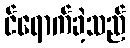
င်ရောက်ခဲ့သည်